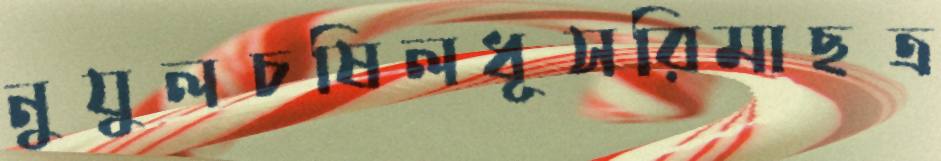
নুযুলচষিলধূসরিমাছত্র